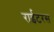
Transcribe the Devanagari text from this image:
राईटरस